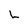
Character: L